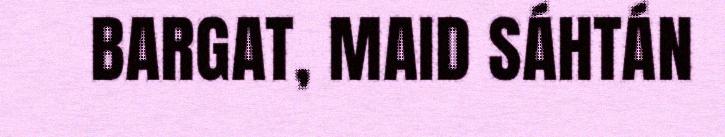
BARGAT, MAID SÁHTÁN